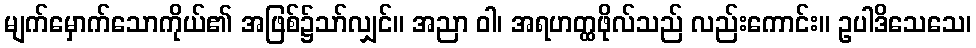
မျက်မှောက်သောကိုယ်၏ အဖြစ်၌သာ်လျှင်။ အညာ ဝါ၊ အရဟတ္ထဖိုလ်သည် လည်းကောင်း။ ဥပါဒိသေသေ၊